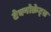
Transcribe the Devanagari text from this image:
टेक्नोक्रेट्स